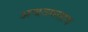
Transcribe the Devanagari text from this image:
अचञ्चलाय